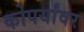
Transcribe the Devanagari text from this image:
कोपर्यांवर